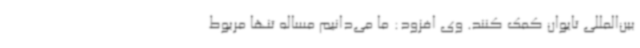
بین‌المللی تایوان کمک کنند. وی افزود: ما می‌دانیم مساله تنها مربوط